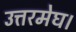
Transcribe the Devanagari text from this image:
उत्तरमेघ।